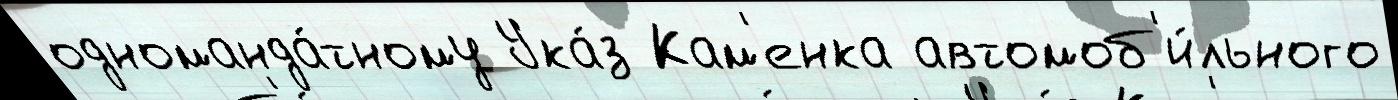
одноманда́тному Ука́з Кам'енка автомоб'и́льного